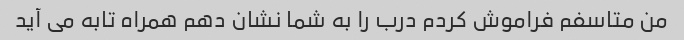
من متاسفم فراموش کردم درب را به شما نشان دهم همراه تابه می آید